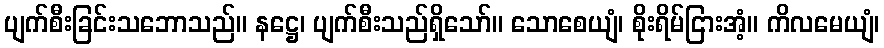
ပျက်စီးခြင်းသဘောသည်။ နဋ္ဌေ၊ ပျက်စီးသည်ရှိသော်။ သောစေယျံ၊ စိုးရိမ်ငြားအံ့။ ကိလမေယျံ၊